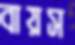
বায়স